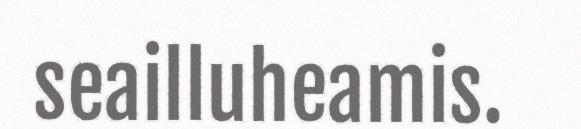
seailluheamis.